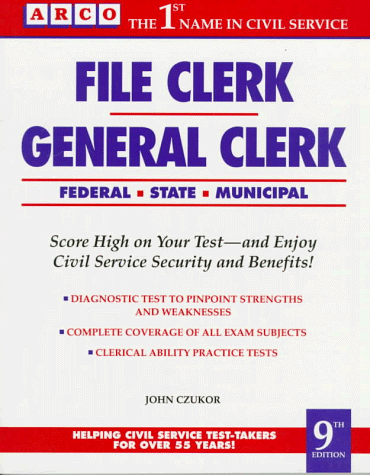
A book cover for File Clerk/General Clerk 9th ed (Arco Civil Service Test Tutor); Arco; Law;